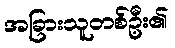
အခြားသူတစ်ဦး၏